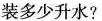
装多少升水?